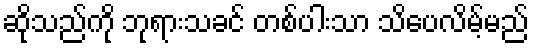
ဆိုသည်ကို ဘုရားသခင် တစ်ပါးသာ သိပေလိမ့်မည်